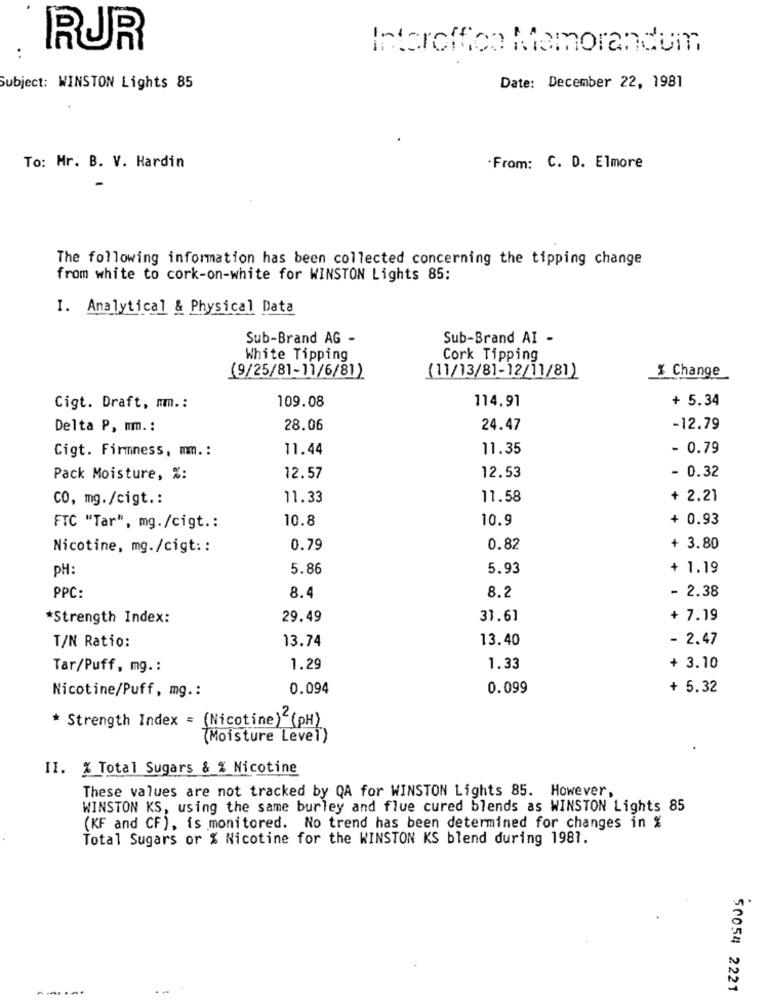
RUR
Interoffice Aia
Memorandum
..
Subject: WINSTON Lights 85
Date: December 22, 1981
To: Mr. B. V. Hardin
From: C. D. Elmore
The following information has been collected concerning the tipping change
from white to cork-on-white for WINSTON Lights 85:
I. Analytical & Physical Data
Sub-Brand AG -
Sub-Brand AI -
White Tipping
Cork Tipping
(11/13/81-12/11/81)
% Change
(9/25/81-11/6/81)
109.08
114.91
+ 5.34
Cigt. Draft, mm .:
Delta P, mm. :
28.06
24.47
-12.79
Cigt. Firmness, mm .:
11.44
11.35
- 0.79
Pack Moisture, %:
12.57
12.53
- 0.32
CO, mg./cigt .:
11.33
11.58
+ 2.21
10.8
10.9
+ 0.93
FTC "Tar", mg./cigt .:
Nicotine, mg./cigt ::
0.79
0.82
+ 3.80
PH:
5.86
5.93
+ 1.19
PPC:
8.4
8.2
- 2.38
*Strength Index:
29.49
31.61
+ 7.19
T/N Ratio:
13.74
13.40
- 2.47
Tar/Puff, mg .:
1.29
1.33
+ 3.10
Nicotine/Puff, mg .:
0.094
0.099
+ 5.32
* Strength Index = (Nicotine) (PH)
(Moisture Level)
II. % Total Sugars & % Nicotine
These values are not tracked by QA for WINSTON Lights 85. However,
WINSTON KS, using the same burley and flue cured blends as WINSTON Lights 85
(KF and CF), is monitored. No trend has been determined for changes in %
Total Sugars or % Nicotine for the WINSTON KS blend during 1981.
50054 2221